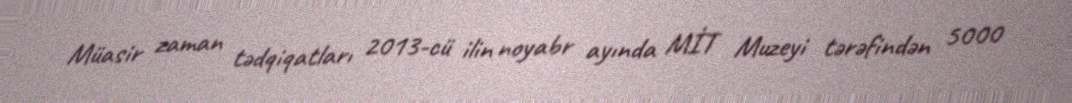
Müasir zaman tədqiqatları 2013-cü ilin noyabr ayında MİT Muzeyi tərəfindən 5000